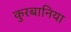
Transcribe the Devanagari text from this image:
कुरबानिया